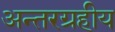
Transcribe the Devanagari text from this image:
अन्तरग्रहीय